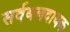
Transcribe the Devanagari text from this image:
सर्वबलदायक